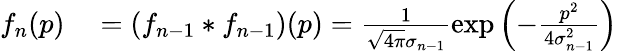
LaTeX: \begin{array}{rl}{f_{n}(p)}&{{}=(f_{n-1}*f_{n-1})(p)=\frac{1}{\sqrt{4\pi}\sigma_{n-1}}\exp\left(-\frac{p^{2}}{4\sigma_{n-1}^{2}}\right)}\end{array}